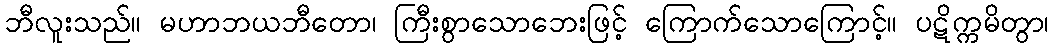
ဘီလူးသည်။ မဟာဘယဘီတော၊ ကြီးစွာသောဘေးဖြင့် ကြောက်သောကြောင့်။ ပဋိက္ကမိတွာ၊